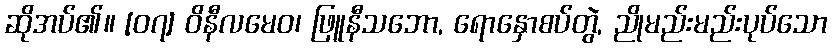
ဆိုအပ်၏။ [၀၇] ဝိနီလမေဝ၊ ဖြူနီသဘော, ရောနှောစပ်တွဲ, ညိုမည်းမည်းပုပ်သော